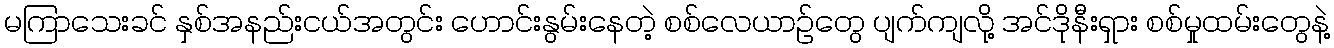
မကြာသေးခင် နှစ်အနည်းငယ်အတွင်း ဟောင်းနွမ်းနေတဲ့ စစ်လေယာဉ်တွေ ပျက်ကျလို့ အင်ဒိုနီးရှား စစ်မှုထမ်းတွေနဲ့